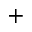
^ { + }